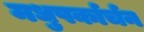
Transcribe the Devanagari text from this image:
मधुपर्कार्चन